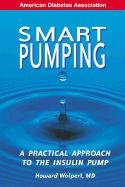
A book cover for Smart Pumping : A Practical Approach to Mastering the Insulin Pump; Howard Wolpert; Health, Fitness & Dieting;